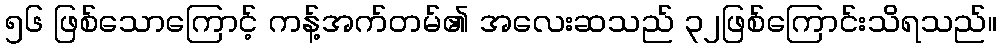
၅၆ ဖြစ်သောကြောင့် ကန့်အက်တမ်၏ အလေးဆသည် ၃၂ဖြစ်ကြောင်းသိရသည်။